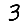
Digit: 3